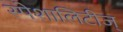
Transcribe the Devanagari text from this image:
स्पेशालिटीज्